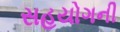
સહયોગની